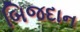
બિજદાન